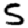
Digit: 5